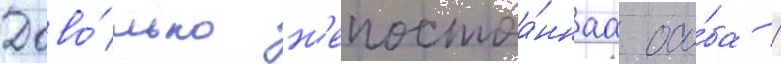
Дово́льно н'епостоа́ннаа осо́ба /